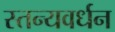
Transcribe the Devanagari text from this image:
स्तन्यवर्धन